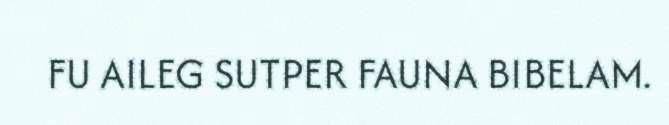
FU AILEG SUTPER FAUNA BIBELAM.